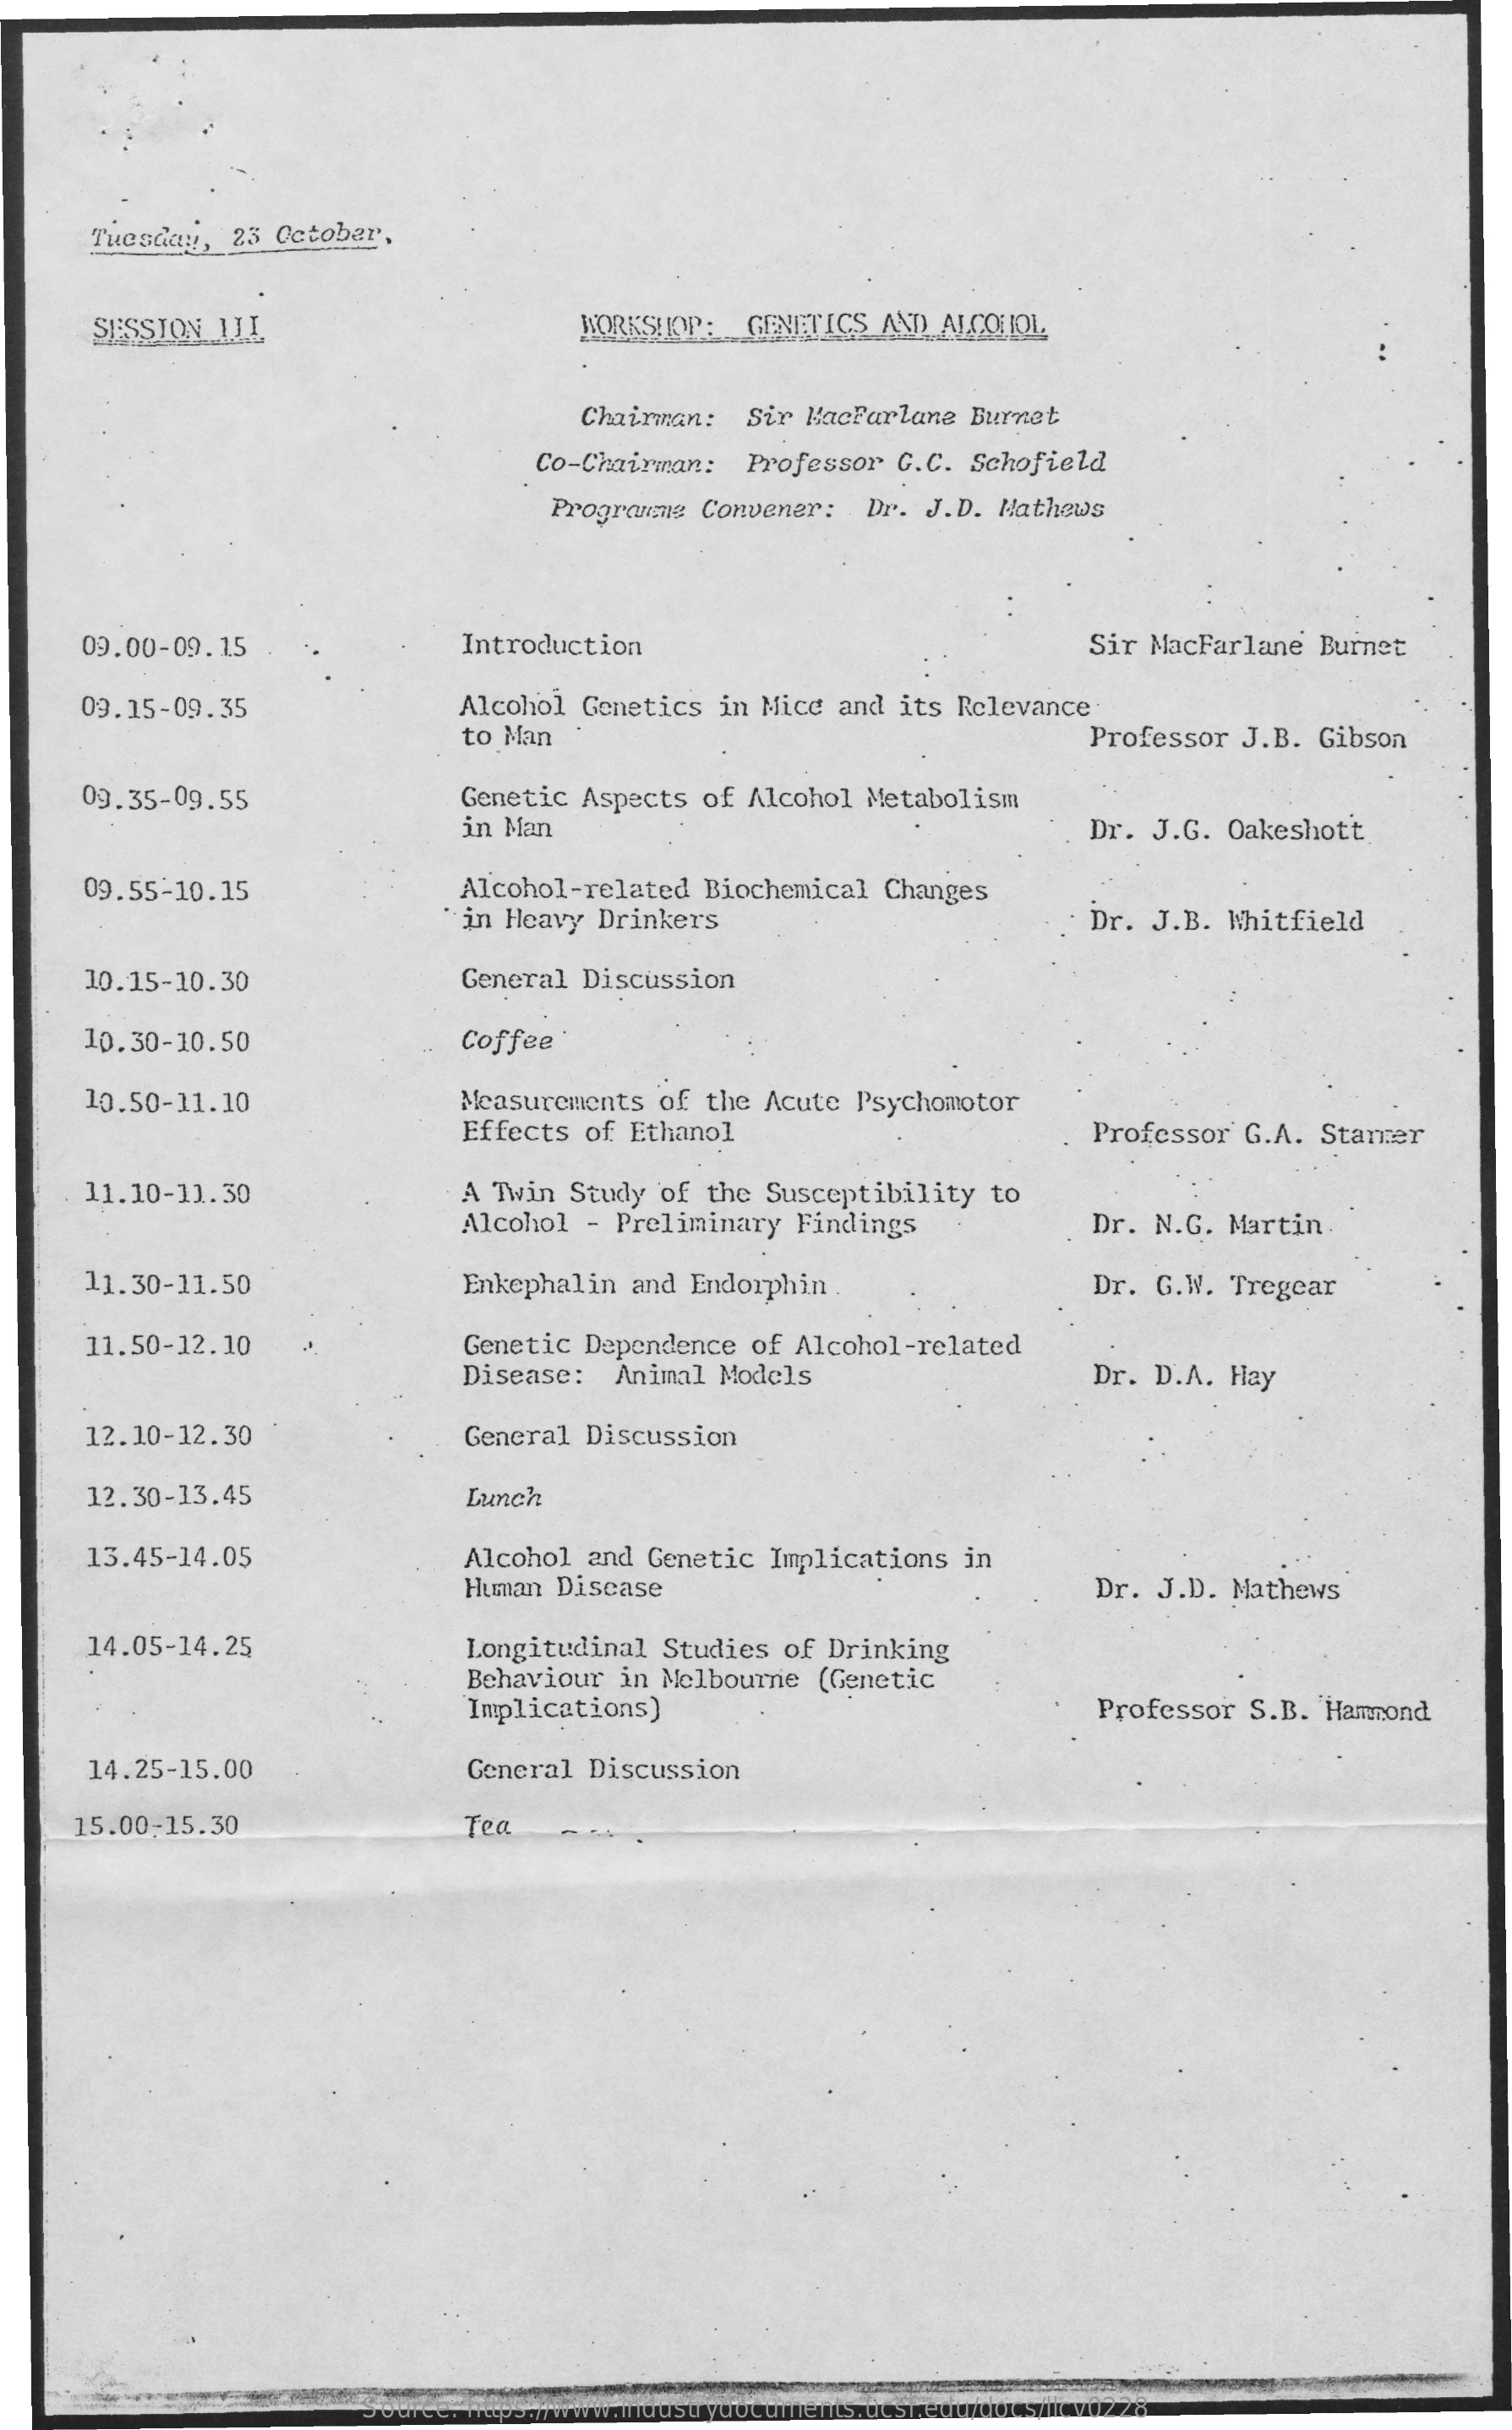
Tuesday,  23  October,
     SESSION  III    WORKSHOP:   GENETICS  AND  ALCOHOL
     Chairman:   Sir MacFarlane   Burnet
     Co-Chairman:   Professor  G.C.  Schofield
     Programme  Convener:   Dr. J.D.  Mathews
     09.00-09.15    Introduction    Sir MacFarlane   Burnet
     09.15-09.35    Alcohol Genetics   in Mice  and  its Relevance
     to Man    Professor  J.B.  Gibson
     09.35-09.55    Genetic  Aspects  of Alcohol  Metabolism
     in Man    Dr. J.G.  Oakeshott
     09.55-10.15    Alcohol-related   Biochemical  Changes
     in Heavy  Drinkers    . Dr. J.B. Whitfield
     10.15-10.30    General  Discussion
     10.30-10.50    Coffee
     10.50-11.10    Measurements  of  the Acute  Psychomotor
     Effects  of Ethanol    Professor  G.A.  Starer
     11.10-11.30    A Twin  Study  of the  Susceptibility  to
     Alcohol  - Preliminary   Findings    Dr. N.G.  Martin.
     11.30-11.50    Enkephalin  and  Endorphin  .    Dr. G.W.  Tregear
     11.50-12.10    Genetic  Dependence  of  Alcohol-related
     Disease:   Animal  Models    Dr. D.A.  Hay
     12.10-12.30    General  Discussion
     12.30-13.45    Lunch
     13.45-14.05    Alcohol  and  Genetic  Implications  in
     Humman Discase    Dr.  J.D. Mathews
     14.05-14.25    Longitudinal   Studies  of Drinking
     Behaviour  in  Melbourne  (Genetic
     Implications)    Professor  S.B. Hammond
     14.25-15.00    General  Discussion
     15.00-15.30    Tea
     Source: https://www.industrydocuments.ucsf.edu/docs/llcv0228